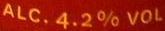
ALC.4.2%VOL